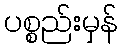
ပစ္စည်းမှန်